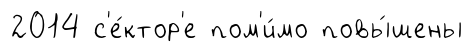
2014 с'е́ктор'е пом'и́мо повы́шены